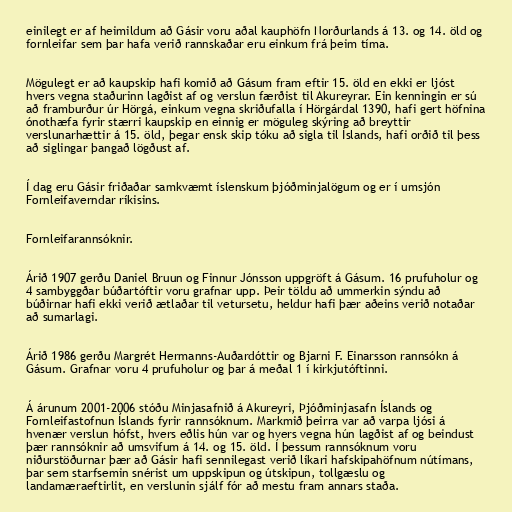
einilegt er af heimildum að Gásir voru aðal kauphöfn Norðurlands á 13. og 14. öld og
fornleifar sem þar hafa verið rannskaðar eru einkum frá þeim tíma.

Mögulegt er að kaupskip hafi komið að Gásum fram eftir 15. öld en ekki er ljóst
hvers vegna staðurinn lagðist af og verslun færðist til Akureyrar. Ein kenningin er sú
að framburður úr Hörgá, einkum vegna skriðufalla í Hörgárdal 1390, hafi gert höfnina
ónothæfa fyrir stærri kaupskip en einnig er möguleg skýring að breyttir
verslunarhættir á 15. öld, þegar ensk skip tóku að sigla til Íslands, hafi orðið til þess
að siglingar þangað lögðust af.

Í dag eru Gásir friðaðar samkvæmt íslenskum þjóðminjalögum og er í umsjón
Fornleifaverndar ríkisins.

Fornleifarannsóknir.

Árið 1907 gerðu Daniel Bruun og Finnur Jónsson uppgröft á Gásum. 16 prufuholur og
4 sambyggðar búðartóftir voru grafnar upp. Þeir töldu að ummerkin sýndu að
búðirnar hafi ekki verið ætlaðar til vetursetu, heldur hafi þær aðeins verið notaðar
að sumarlagi.

Árið 1986 gerðu Margrét Hermanns-Auðardóttir og Bjarni F. Einarsson rannsókn á
Gásum. Grafnar voru 4 prufuholur og þar á meðal 1 í kirkjutóftinni.

Á árunum 2001-2006 stóðu Minjasafnið á Akureyri, Þjóðminjasafn Íslands og
Fornleifastofnun Íslands fyrir rannsóknum. Markmið þeirra var að varpa ljósi á
hvenær verslun hófst, hvers eðlis hún var og hvers vegna hún lagðist af og beindust
þær rannsóknir að umsvifum á 14. og 15. öld. Í þessum rannsóknum voru
niðurstöðurnar þær að Gásir hafi sennilegast verið líkari hafskipahöfnum nútímans,
þar sem starfsemin snérist um uppskipun og útskipun, tollgæslu og
landamæraeftirlit, en verslunin sjálf fór að mestu fram annars staða.